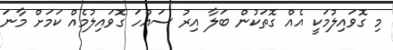
މި ގޮވައިލުމަކީ އެއް ގޮތަކުން ބަލާ އިރު ސައްހަ ގޮވައިލުމެއް ކަމަށް މާނަ